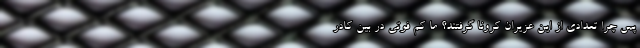
پس چرا تعدادی از این عزیران کرونا گرفتند؟ ما کم فوتی در بین کادر